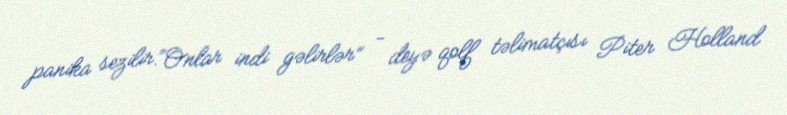
panika sezilir.“Onlar indi gəlirlər” - deyə qolf təlimatçısı Piter Holland